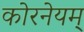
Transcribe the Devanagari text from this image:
कोरनेयम्